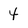
Character: 4